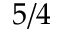
5 / 4